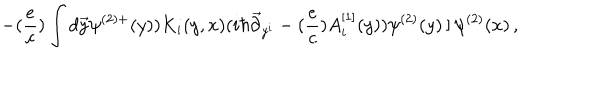
- ( { \frac { e } { c } } ) \int d \vec { y } \psi ^ { ( 2 ) + } ( y ) ) K _ { i } ( y , x ) ( i \hbar \vec { \partial } _ { y ^ { i } } - ( { \frac { e } { c } } ) A _ { i } ^ { [ 1 ] } ( y ) ) \psi ^ { ( 2 ) } ( y ) \left. \right] \psi ^ { ( 2 ) } ( x ) \, ,